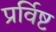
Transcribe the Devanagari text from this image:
प्रर्विष्ट